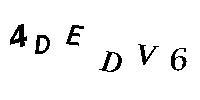
4DEDV6